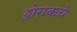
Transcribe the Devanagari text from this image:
द्वोराकचे